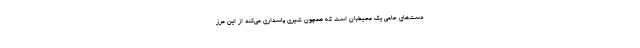
دست‌های حامی یک محیط‌بان است که همچون شیری پاسداری می‌کند از این مرز